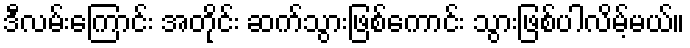
ဒီလမ်းကြောင်း အတိုင်း ဆက်သွားဖြစ်ကောင်း သွားဖြစ်ပါလိမ့်မယ်။